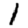
Digit: 1